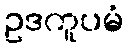
ဥဒကူပမံ